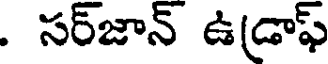
. సర్జాన్ ఉడ్రాఫ్